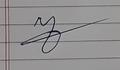
Signature authenticity: forged